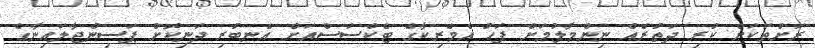
ރަށްތަކަށް ކުރި ދަތުރެއް ނިންމާލުމަށް ފަހު އެމެރިކާގެ ޓެކްސަސްއަށް އެނބުރި ދަނިކޮށް ޕަސިންޖާލައިނާގެ